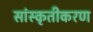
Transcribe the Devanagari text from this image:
सांस्कृतीकरण